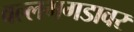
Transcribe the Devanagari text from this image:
वल्लभगडावर